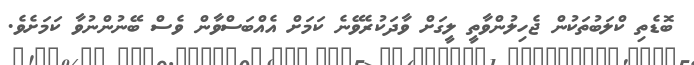
ބޮޑެތި ކްލަބުތަކުން ޖެހިލުންވާތީ ލީގަށް ވާދަކުރެވޭނެ ކަމަށް އެއްބަސްވާން ވެސް ބޭނުންނުވާ ކަމަށެވެ.